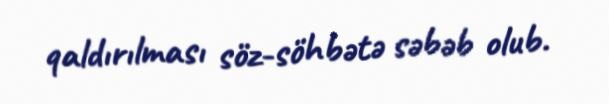
qaldırılması söz-söhbətə səbəb olub.